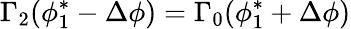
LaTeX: \Gamma_{2}(\phi_{1}^{*}-\Delta\phi)=\Gamma_{0}(\phi_{1}^{*}+\Delta\phi)